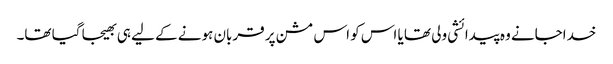
خداجانے وہ پیدائشی ولی تھا یا اس کو اس مشن پر قربان ہونے کے لیے ہی بھیجا گیا تھا۔